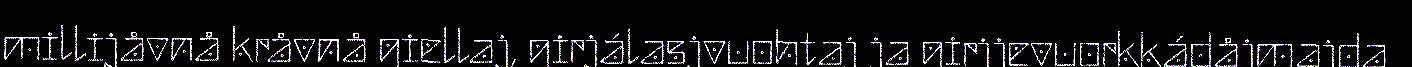
millijåvnå kråvnå giellaj, girjálasjvuohtaj ja girjjevuorkkádåjmajda